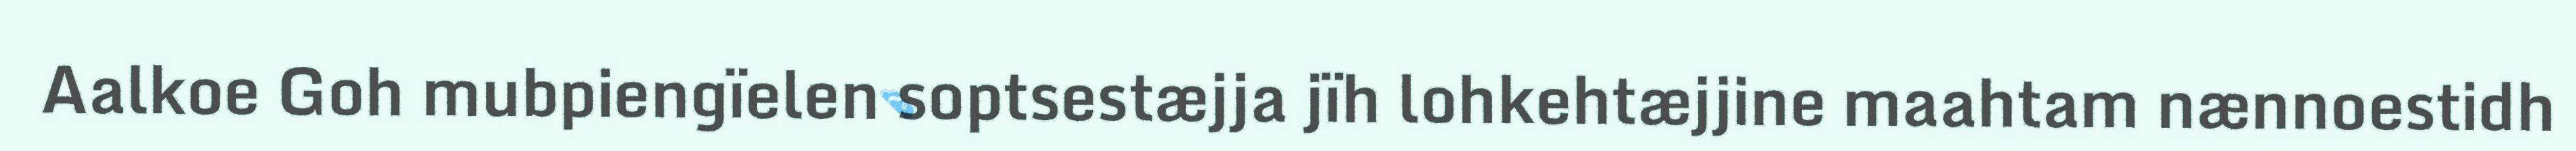
Aalkoe Goh mubpiengïelen soptsestæjja jïh lohkehtæjjine maahtam nænnoestidh